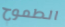
الطموح